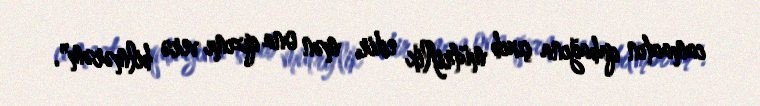
camaatın qabağına çıxıb mütriflik edir, mən ona qızımı verə bilmərəm".